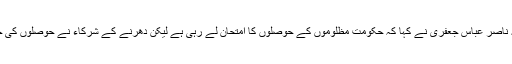
پارلیمنٹ کے سامنے دھرنے کے شرکاء سے خطاب کرتے ہوئے علامہ ناصر عباس جعفری نے کہا کہ حکومت مظلوموں کے حوصلوں کا امتحان لے رہی ہے لیکن دھرنے کے شرکاء نے حوصلوں کی جنگ بھی جیت لی ہے اور عنقریب یہ حکمران اپنے انجام کو پہنچیں گے۔